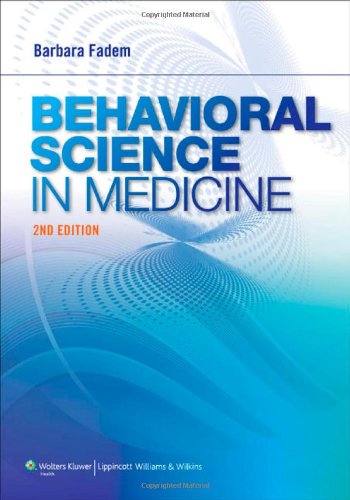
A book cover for Behavioral Science in Medicine; Barbara Fadem PhD; Medical Books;